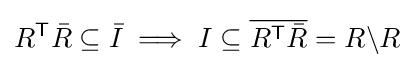
R^{\textsf {T}}{\bar {R}}\subseteq {\bar {I}}\implies I\subseteq {\overline {R^{\textsf {T}}{\bar {R}}}}=R\backslash R